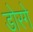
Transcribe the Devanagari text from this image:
डोरगे